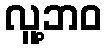
လူ့ဘဝ